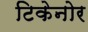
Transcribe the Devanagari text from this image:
टिकेनोर